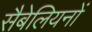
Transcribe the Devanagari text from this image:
सैबेलियनों